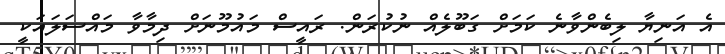
އެ އަނިޔާ ލިބެންވާނެ ކަމަށް ގަބޫލެއް ނުކުރަން. ރައީސް މައުމޫނަށް ދިމާވާ މައްސަލައަކީ